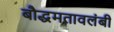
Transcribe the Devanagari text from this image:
बौद्धमतावलंबी